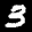
Label: 3